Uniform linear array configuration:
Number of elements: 12
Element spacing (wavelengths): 0.5
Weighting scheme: hamming
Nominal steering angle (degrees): -60
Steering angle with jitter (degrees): -60.799
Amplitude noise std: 0.05
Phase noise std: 0.05

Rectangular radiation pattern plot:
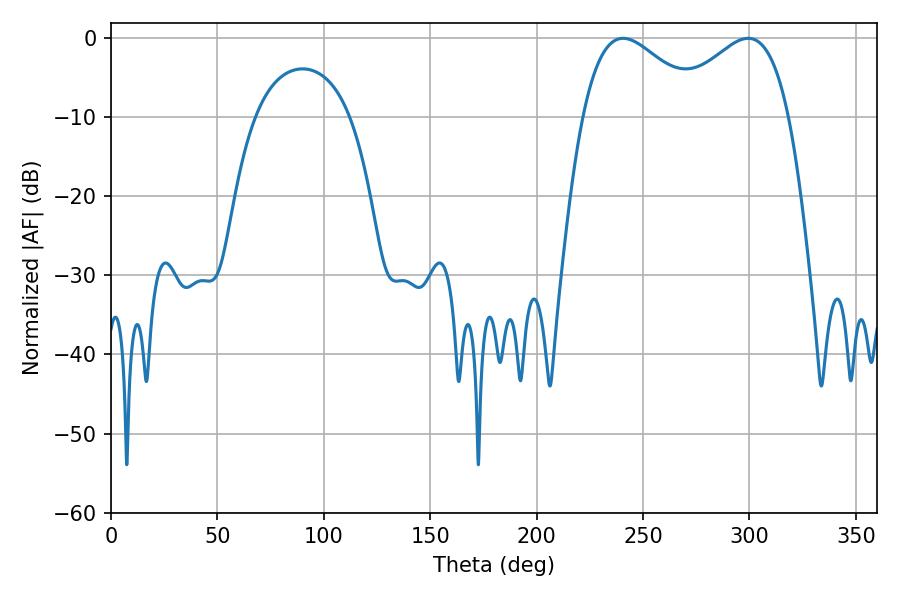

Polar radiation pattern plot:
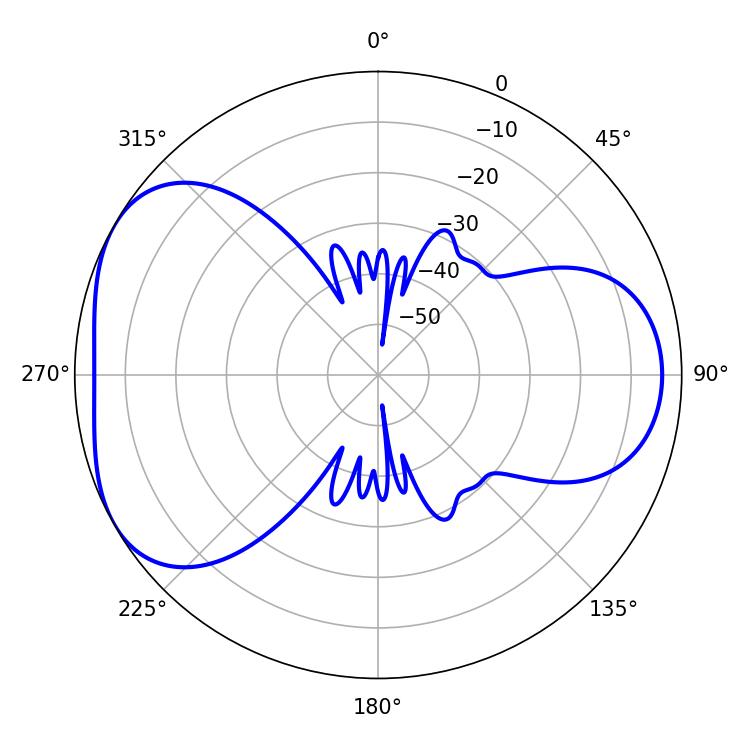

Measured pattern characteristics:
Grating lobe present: FALSE
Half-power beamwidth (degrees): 30.78
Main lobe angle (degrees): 240.66